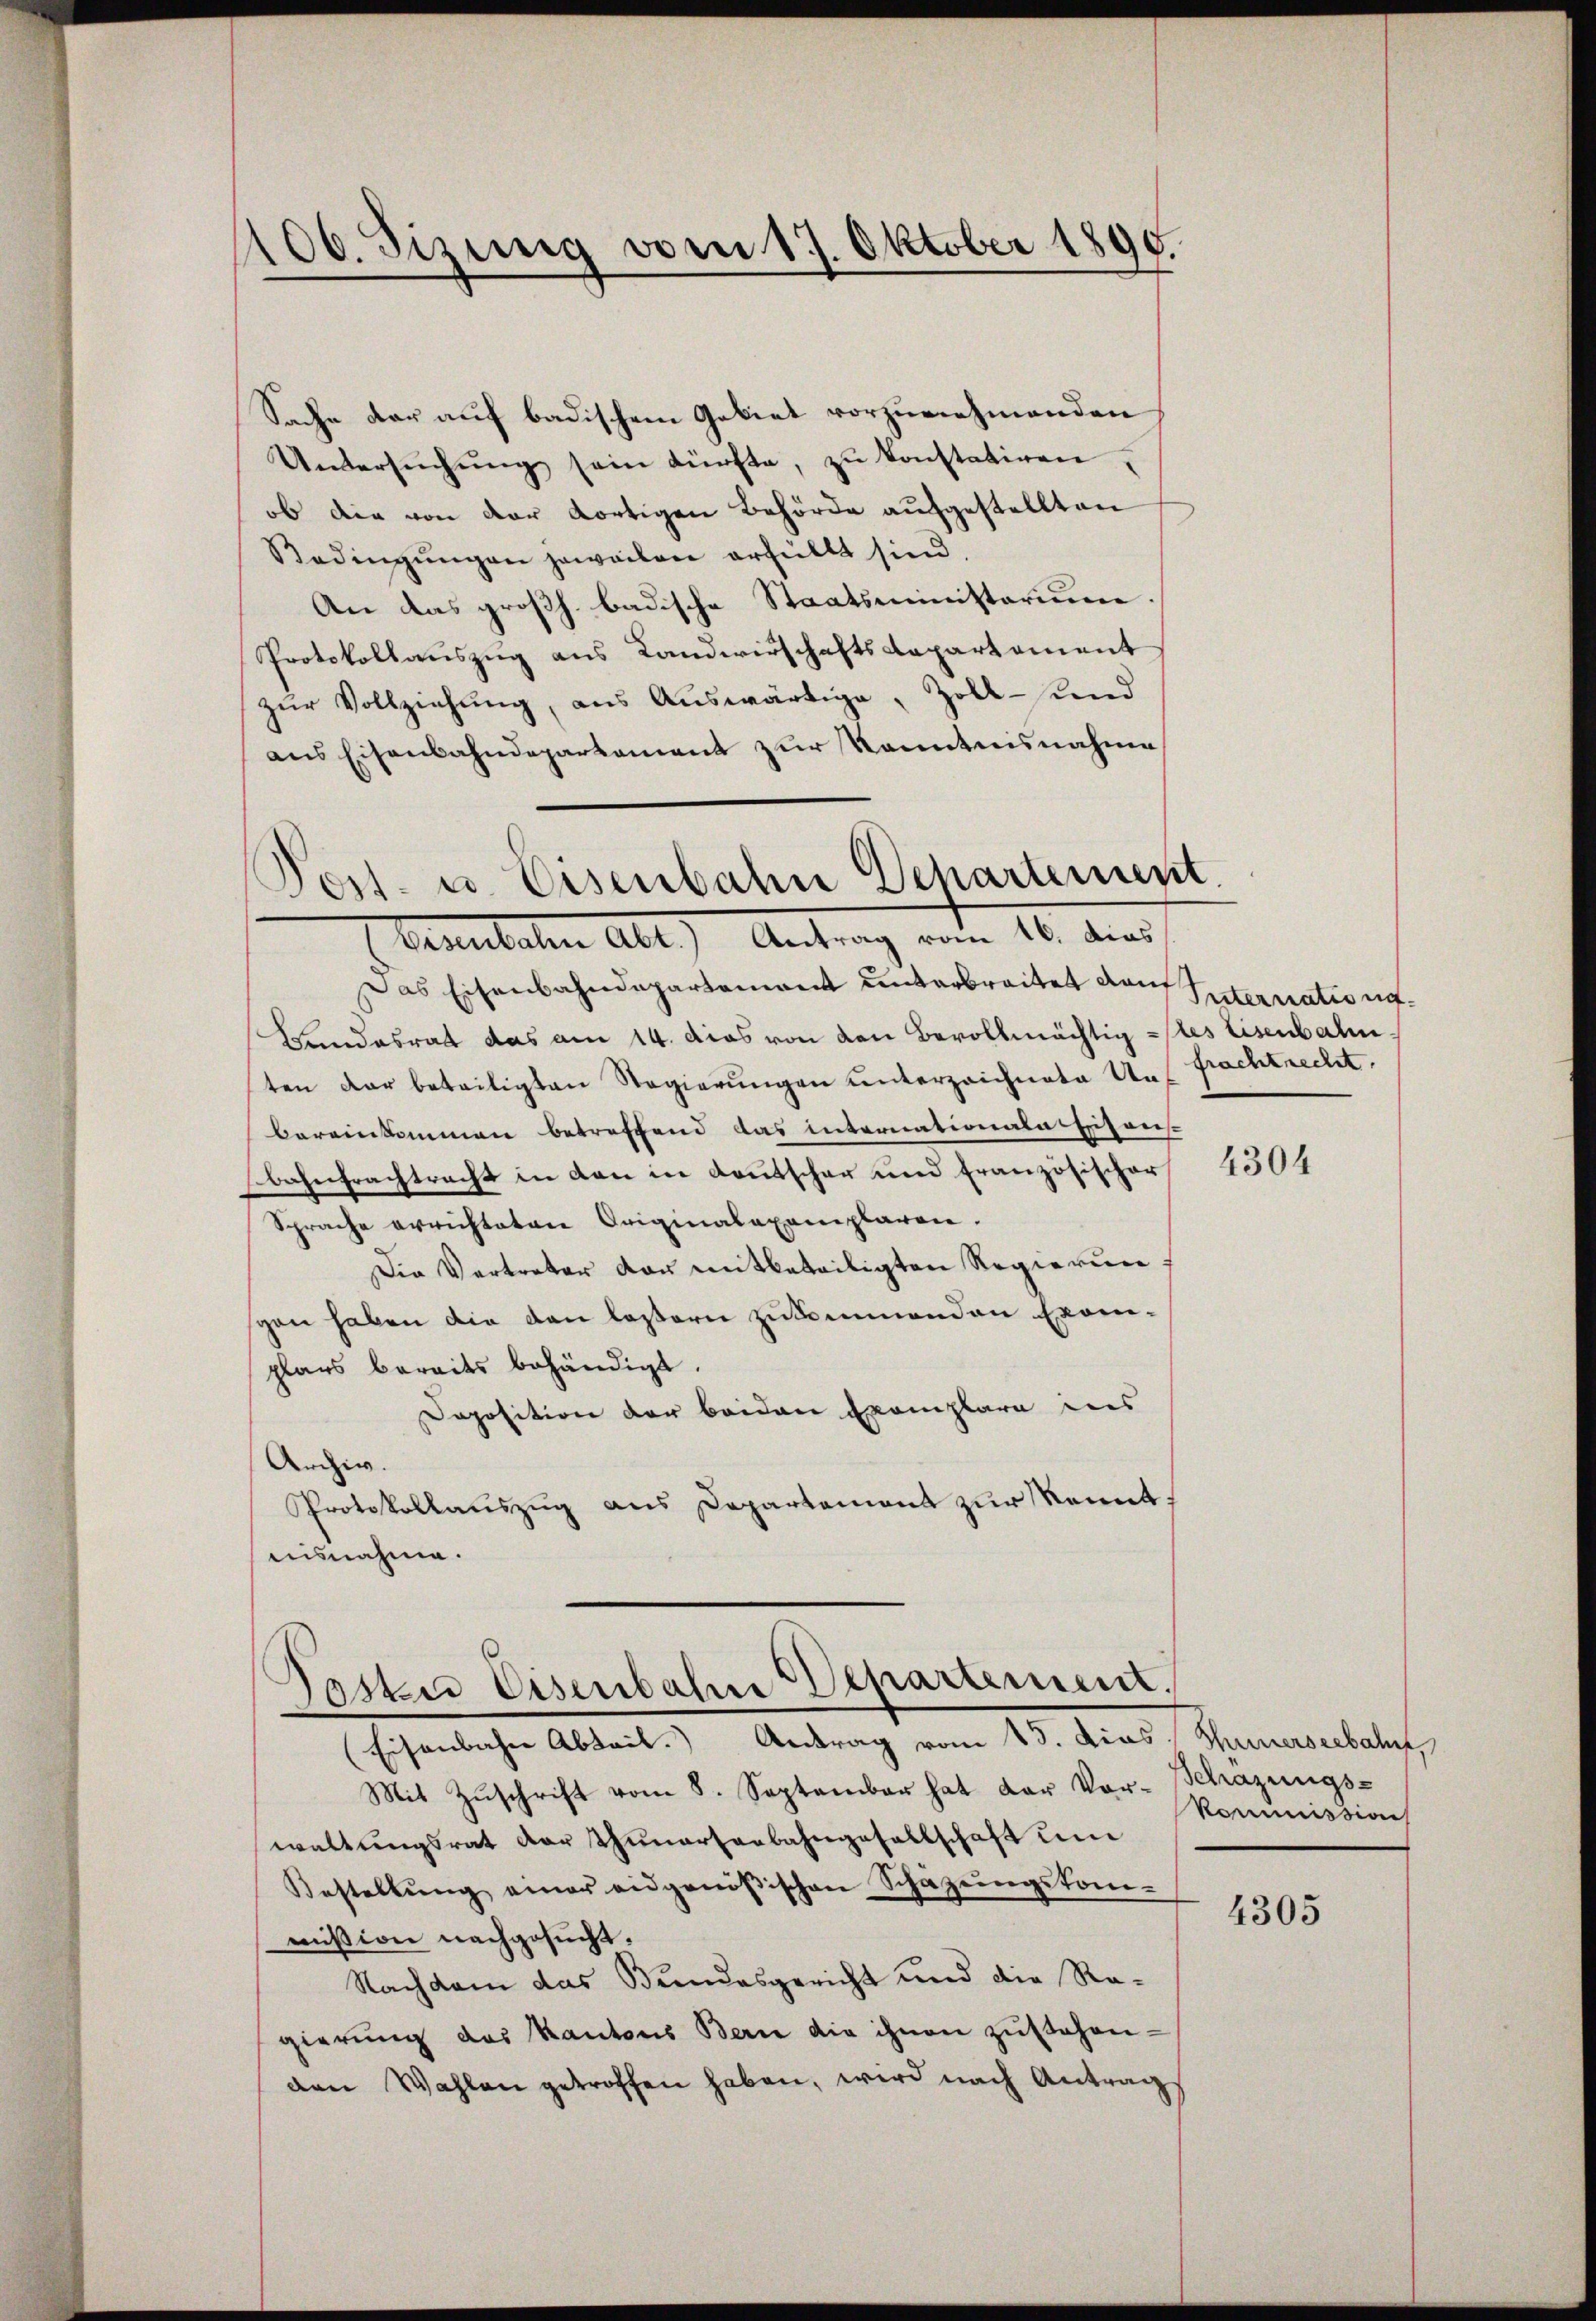
1100. Sizung vom 17. Oktober 1890.

Sache der auf badischem Gebiet vorzunehmenden
Untersŭchŭng sein dürfte, zu konstatiren,
ob die von der dortigen Behörde aufgestellten
Bedingŭngen jeweilen erfüllt sind.
An das großh. badische Staatsministorium
Protokollauszug aus Landwirschafts Repartement
zŭr Vollziehung, ans Auswärtige, Zoll- und
ans Eisenbahndepartement zur Kenntnisnahme

Post. u. Eisenbahn Departement.
Eisenbahn Abt.) Antrag vom 10. dies

Das Eisenbahndepartement unterbreitet von Internatio un¬
Landesrat das am 14. dies von von Bevollmächtig stes Eisenbahn
ten dar beteiligten Regierungen unterzeichnete Uns Frachtrecht.
bereinkommen betreffend das internationalas Essens
bahntrachtracht in den in Kautscher und Französischer
Sprache errichteten Originalaxemplaren.
Die Vertreter vor mitbeteiligten Regierun
pen haben die den lastern zukommenden Exemplars bereits behändigt.
Doposition der beiden Exemplare dies
Archiv.
Protokollauszug aus Departement zur Kennt,
aisnahme.

Poste Eisenbahn Departement.

Eisenbahn Abteil. Antrag vom 15. Das Seinerseebahn,
Mit Zŭschrift vom 8. September hat der Vor- Schazungs-
waltungsrat dar thunartenbahngesellschaft um
Bestellŭng einer eidgenößischen Schäzŭngskom-
mission nachgesucht.
Nachdem das Bundesgericht und die Regierung das Kantons Berne die ihnen zŭstehen-
den Wahlen getroffen haben, wird nach Antrags

4304

kommission

4305